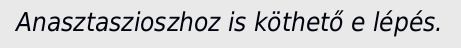
Anasztaszioszhoz is köthető e lépés.